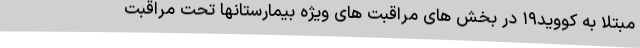
مبتلا به کووید۱۹ در بخش های مراقبت های ویژه بیمارستانها تحت مراقبت